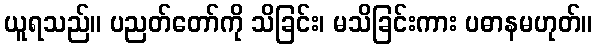
ယူရသည်။ ပညတ်တော်ကို သိခြင်း၊ မသိခြင်းကား ပဓာနမဟုတ်။